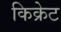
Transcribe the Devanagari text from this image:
किक्रेट